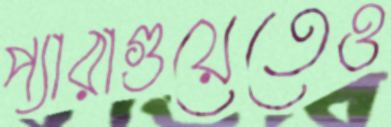
প্যারাগুয়েতেও